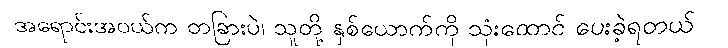
အရောင်းအဝယ်က တခြားပဲ၊ သူတို့ နှစ်ယောက်ကို သုံးထောင် ပေးခဲ့ရတယ်